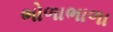
ભોળાભાળા